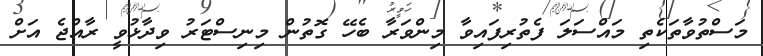
މަސްތުވާތަކެތި މައްސަލަ ފެތުރިފައިވާ މިންވަރާ ބެހޭ ގޮތުން މިނިސްޓަރު ވިދާޅުވީ ރާއްޖެ އަށް